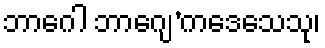
ဘာဂေါ ဘာဂျေ’ကဒေသေသု၊